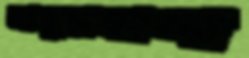
আমুয়াকান্দা